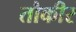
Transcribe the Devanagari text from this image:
तौकीर